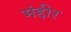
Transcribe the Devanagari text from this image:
मंद्दीर